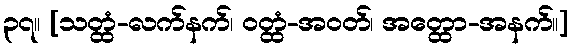
၃၇။ [သတ္ထံ-လက်နက်၊ ဝတ္ထံ-အဝတ်၊ အတ္ထော-အနက်။]